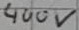
Text: 400V